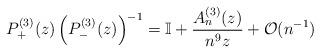
LaTeX: \begin{align*} P^{(3)}_+(z) \left( P^{(3)}_-(z) \right)^{-1} = \mathbb{I} + \frac{A_n^{(3)}(z)}{n^9 z} + \mathcal{O}(n^{-1})\end{align*}